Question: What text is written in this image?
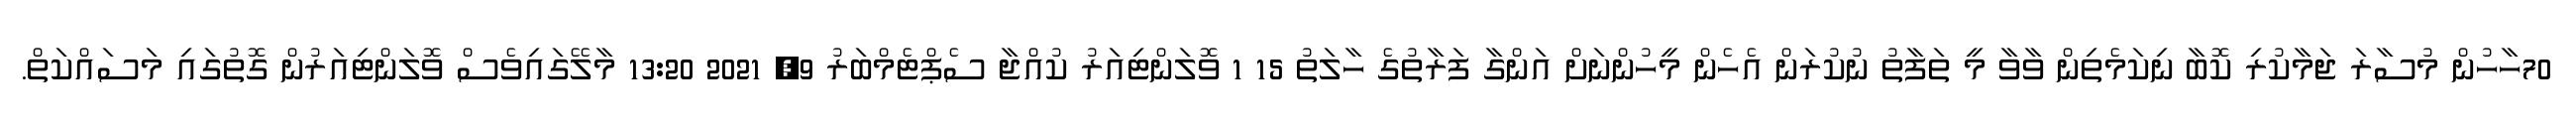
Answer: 70ހާހުން މުސާރަ ޖަމާކުރި ކޮބާ ނިކަމެތިން ވާވާ މީ ތަފާތު ނުކުރަން އެހެން މީހުންނަށް އަންގާ ފަރާތުގެ ހާލަތު 15 1 ވޮލަންޓިއަރު ކުއްޖާ ސެޕްޓެމްބަރު 9, 2021 13:20 މާލޭގައިވެސް ވޮލަންޓިއަރުން ގޮތުގައި މަސައްކަތް.